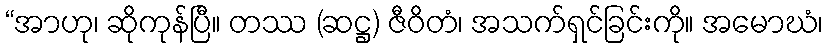
“အာဟု၊ ဆိုကုန်ပြီ။ တဿ (ဆဋ္ဌ) ဇီဝိတံ၊ အသက်ရှင်ခြင်းကို။ အမောဃံ၊